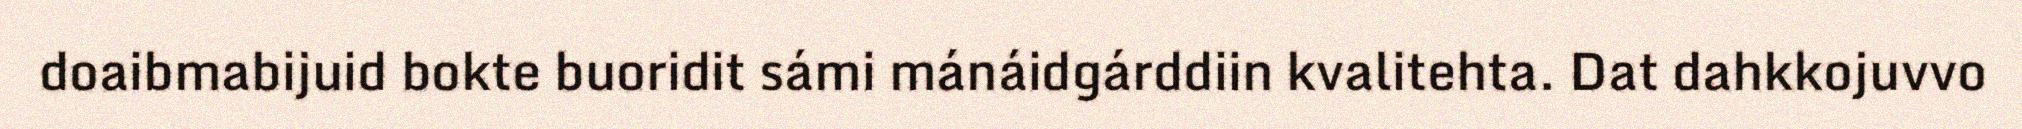
doaibmabijuid bokte buoridit sámi mánáidgárddiin kvalitehta. Dat dahkkojuvvo